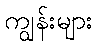
ကျွန်းများ